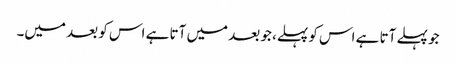
جو پہلے آتا ہے اس کو پہلے، جو بعد میں آتا ہے اس کو بعد میں۔